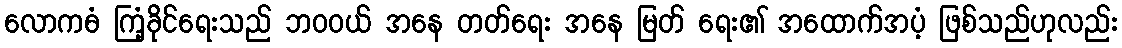
လောကဓံ ကြံ့ခိုင်ရေးသည် ဘဝဝယ် အနေ တတ်ရေး အနေ မြတ် ရေး၏ အထောက်အပံ့ ဖြစ်သည်ဟုလည်း